Report on vaccination in Madras 1877-1894 - 1877-1894
Year: 1877
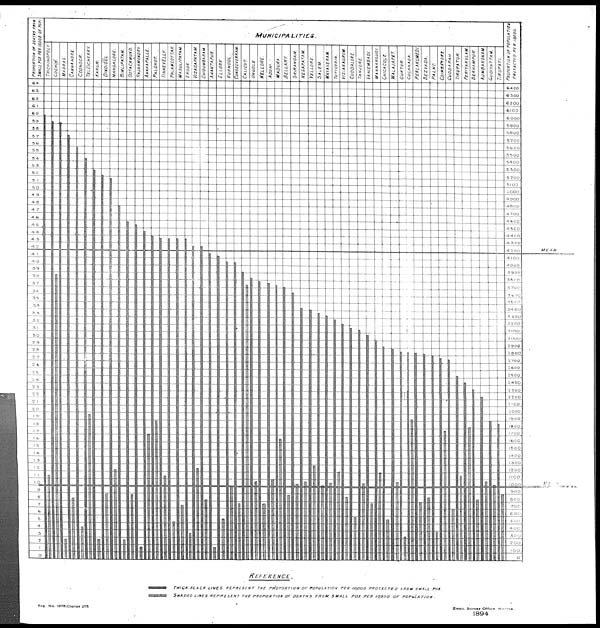
Reg. No. 1578-Copies 275
Zinco. Survey Office Madras.
1894